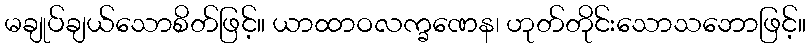
မချုပ်ချယ်သောစိတ်ဖြင့်။ ယာထာဝလက္ခဏေန၊ ဟုတ်တိုင်းသောသဘောဖြင့်။